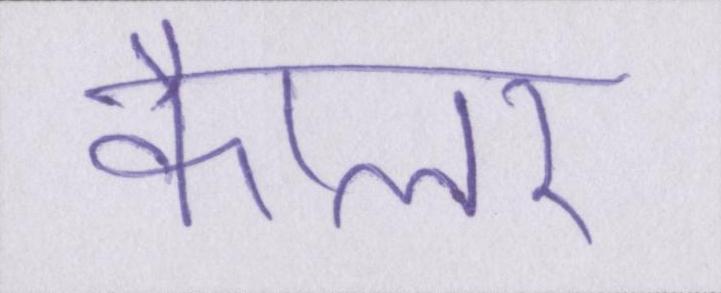
कैप्लर